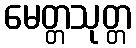
မေတ္တသုတ္တ